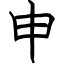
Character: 申